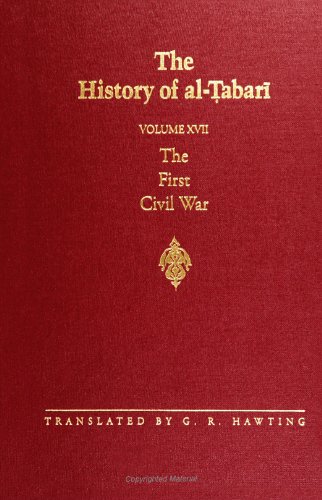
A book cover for The History of al-Tabari Vol. 17: The First Civil War: From the Battle of Siffin to the Death of 'Ali A.D. 656-661/A.H. 36-40 (SUNY series in Near Eastern Studies); History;